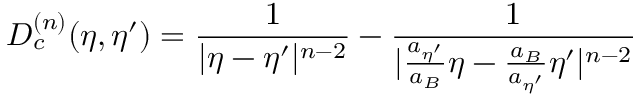
D _ { c } ^ { ( n ) } ( \eta , { \eta } ^ { \prime } ) = \frac { 1 } { | { \eta } - { \eta } ^ { \prime } | ^ { n - 2 } } - \frac { 1 } { | \frac { a _ { { \eta } ^ { \prime } } } { a _ { B } } { \eta } - \frac { a _ { B } } { a _ { { \eta } ^ { \prime } } } { \eta } ^ { \prime } | ^ { n - 2 } }